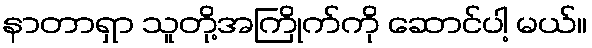
နာတာရှာ သူတို့အကြိုက်ကို ဆောင်ပါ့ မယ်။